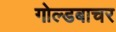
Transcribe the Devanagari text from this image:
गोल्डबाचर